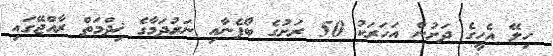
ހިލޭ އެހީގެ ދަށުން އަހަރަކު 50 ރަށުގެ ބޯފެނާއި ނަރުދަމާގެ ޚިދްމަތް ރާއްޖޭގައި